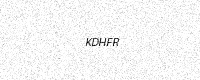
Text: KDHFR